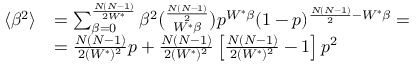
\begin{array} { r l } { \langle \beta ^ { 2 } \rangle } & { = \sum _ { \beta = 0 } ^ { \frac { N ( N - 1 ) } { 2 W ^ { * } } } \beta ^ { 2 } \binom { \frac { N ( N - 1 ) } { 2 } } { W ^ { * } \beta } p ^ { W ^ { * } \beta } ( 1 - p ) ^ { \frac { N ( N - 1 ) } { 2 } - W ^ { * } \beta } = } \\ & { = \frac { N ( N - 1 ) } { 2 ( W ^ { * } ) ^ { 2 } } p + \frac { N ( N - 1 ) } { 2 ( W ^ { * } ) ^ { 2 } } \left[ \frac { N ( N - 1 ) } { 2 ( W ^ { * } ) ^ { 2 } } - 1 \right] p ^ { 2 } } \end{array}